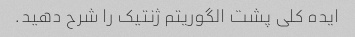
ایده کلی پشت الگوریتم ژنتیک را شرح دهید.